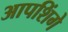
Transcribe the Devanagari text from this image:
आपशिंगे